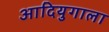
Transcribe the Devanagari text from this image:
आदियुगाला